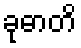
ခုဓာတိ